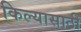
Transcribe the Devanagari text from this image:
किल्यासाठी